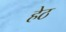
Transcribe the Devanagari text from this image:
हेठ